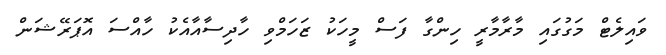
ވައިލެޓް މަގުގައި މާރާމާރީ ހިންގާ ފަސް މީހަކު ޒަހަމްވި ހާދިސާއާއެކު ހާއްސަ އޮޕަރޭޝަން